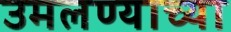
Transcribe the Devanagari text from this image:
उमलण्याच्या